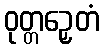
ဝုတ္တဉှေတံ